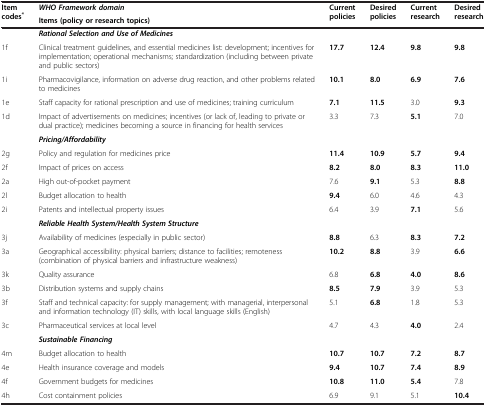
<table><thead><tr><td rowspan="2"><b>Item codes<sup>*</sup></b></td><td><b><i>WHO Framework domain</i></b></td><td rowspan="2"><b>Current policies</b></td><td rowspan="2"><b>Desired policies</b></td><td rowspan="2"><b>Current research</b></td><td rowspan="2"><b>Desired research</b></td></tr><tr><td><b>Items (policy or research topics)</b></td></tr></thead><tbody><tr><td> </td><td><b><i>Rational Selection and Use of Medicines</i></b></td><td> </td><td> </td><td> </td><td> </td></tr><tr><td>1f</td><td>Clinical treatment guidelines, and essential medicines list: development; incentives for implementation; operational mechanisms; standardization (including between private and public sectors)</td><td><b>17.7</b></td><td><b>12.4</b></td><td><b>9.8</b></td><td><b>9.8</b></td></tr><tr><td>1i</td><td>Pharmacovigilance, information on adverse drug reaction, and other problems related to medicines</td><td><b>10.1</b></td><td><b>8.0</b></td><td><b>6.9</b></td><td><b>7.6</b></td></tr><tr><td>1e</td><td>Staff capacity for rational prescription and use of medicines; training curriculum</td><td><b>7.1</b></td><td><b>11.5</b></td><td>3.0</td><td><b>9.3</b></td></tr><tr><td>1d</td><td>Impact of advertisements on medicines; incentives (or lack of, leading to private or dual practice); medicines becoming a source in financing for health services</td><td>3.3</td><td>7.3</td><td><b>5.1</b></td><td>7.0</td></tr><tr><td> </td><td><b><i>Pricing/Affordability</i></b></td><td> </td><td> </td><td> </td><td> </td></tr><tr><td>2g</td><td>Policy and regulation for medicines price</td><td><b>11.4</b></td><td><b>10.9</b></td><td><b>5.7</b></td><td><b>9.4</b></td></tr><tr><td>2f</td><td>Impact of prices on access</td><td><b>8.2</b></td><td><b>8.0</b></td><td><b>8.3</b></td><td><b>11.0</b></td></tr><tr><td>2a</td><td>High out-of-pocket payment</td><td>7.6</td><td><b>9.1</b></td><td>5.3</td><td><b>8.8</b></td></tr><tr><td>2l</td><td>Budget allocation to health</td><td><b>9.4</b></td><td>6.0</td><td>4.6</td><td>4.3</td></tr><tr><td>2i</td><td>Patents and intellectual property issues</td><td>6.4</td><td>3.9</td><td><b>7.1</b></td><td>5.6</td></tr><tr><td> </td><td><b><i>Reliable Health System/Health System Structure</i></b></td><td> </td><td> </td><td> </td><td> </td></tr><tr><td>3j</td><td>Availability of medicines (especially in public sector)</td><td><b>8.8</b></td><td>6.3</td><td><b>8.3</b></td><td><b>7.2</b></td></tr><tr><td>3a</td><td>Geographical accessibility: physical barriers; distance to facilities; remoteness (combination of physical barriers and infrastructure weakness)</td><td><b>10.2</b></td><td><b>8.8</b></td><td>3.9</td><td><b>6.6</b></td></tr><tr><td>3k</td><td>Quality assurance</td><td>6.8</td><td><b>6.8</b></td><td><b>4.0</b></td><td><b>8.6</b></td></tr><tr><td>3b</td><td>Distribution systems and supply chains</td><td><b>8.5</b></td><td><b>7.9</b></td><td>3.9</td><td>5.3</td></tr><tr><td>3f</td><td>Staff and technical capacity: for supply management; with managerial, interpersonal and information technology (IT) skills, with local language skills (English)</td><td>5.1</td><td><b>6.8</b></td><td>1.8</td><td>5.3</td></tr><tr><td>3c</td><td>Pharmaceutical services at local level</td><td>4.7</td><td>4.3</td><td><b>4.0</b></td><td>2.4</td></tr><tr><td> </td><td><b><i>Sustainable Financing</i></b></td><td> </td><td> </td><td> </td><td> </td></tr><tr><td>4m</td><td>Budget allocation to health</td><td><b>10.7</b></td><td><b>10.7</b></td><td><b>7.2</b></td><td><b>8.7</b></td></tr><tr><td>4e</td><td>Health insurance coverage and models</td><td><b>9.4</b></td><td><b>10.7</b></td><td><b>7.4</b></td><td><b>8.9</b></td></tr><tr><td>4f</td><td>Government budgets for medicines</td><td><b>10.8</b></td><td><b>11.0</b></td><td><b>5.4</b></td><td>7.8</td></tr><tr><td>4h</td><td>Cost containment policies</td><td>6.9</td><td>9.1</td><td>5.1</td><td><b>10.4</b></td></tr></tbody></table>